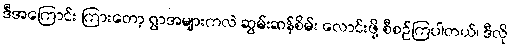
ဒီအကြောင်း ကြားတော့ ရွာအများကလဲ ဆွမ်းဆန်စိမ်း လောင်းဖို့ စီစဉ်ကြပါတယ်၊ ဒီလို